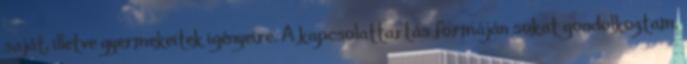
saját, illetve gyermekeitek igényeire. A kapcsolattartás formáján sokat gondolkoztam,